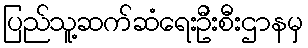
ပြည်သူ့ဆက်ဆံရေးဦးစီးဌာနမှ